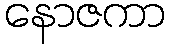
နောဇကာ